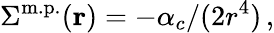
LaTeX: \Sigma^{\mathrm{m.p.}}(\mathbf{r})=-{\alpha_{c}}/(2r^{4})\, ,